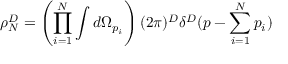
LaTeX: \rho _ { N } ^ { D } = \left( \prod _ { i = 1 } ^ { N } \int d \Omega _ { p _ { i } } \right) ( 2 \pi ) ^ { D } \delta ^ { D } ( p - \sum _ { i = 1 } ^ { N } p _ { i } )